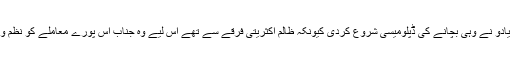
یہاں بھی وہی کھیل ہوا ، گروگرام کے پولیس آفیسر منوج یادو نے وہی بچانے کی ڈپلومیسی شروع کردی کیونکہ ظالم اکثریتی فرقے سے تھے اس لیے وہ جناب اس پورے معاملے کو نظم و نسق کا معاملہ کہہ کر ہلکا کرنے کی کوشش کرتے ہیں۔